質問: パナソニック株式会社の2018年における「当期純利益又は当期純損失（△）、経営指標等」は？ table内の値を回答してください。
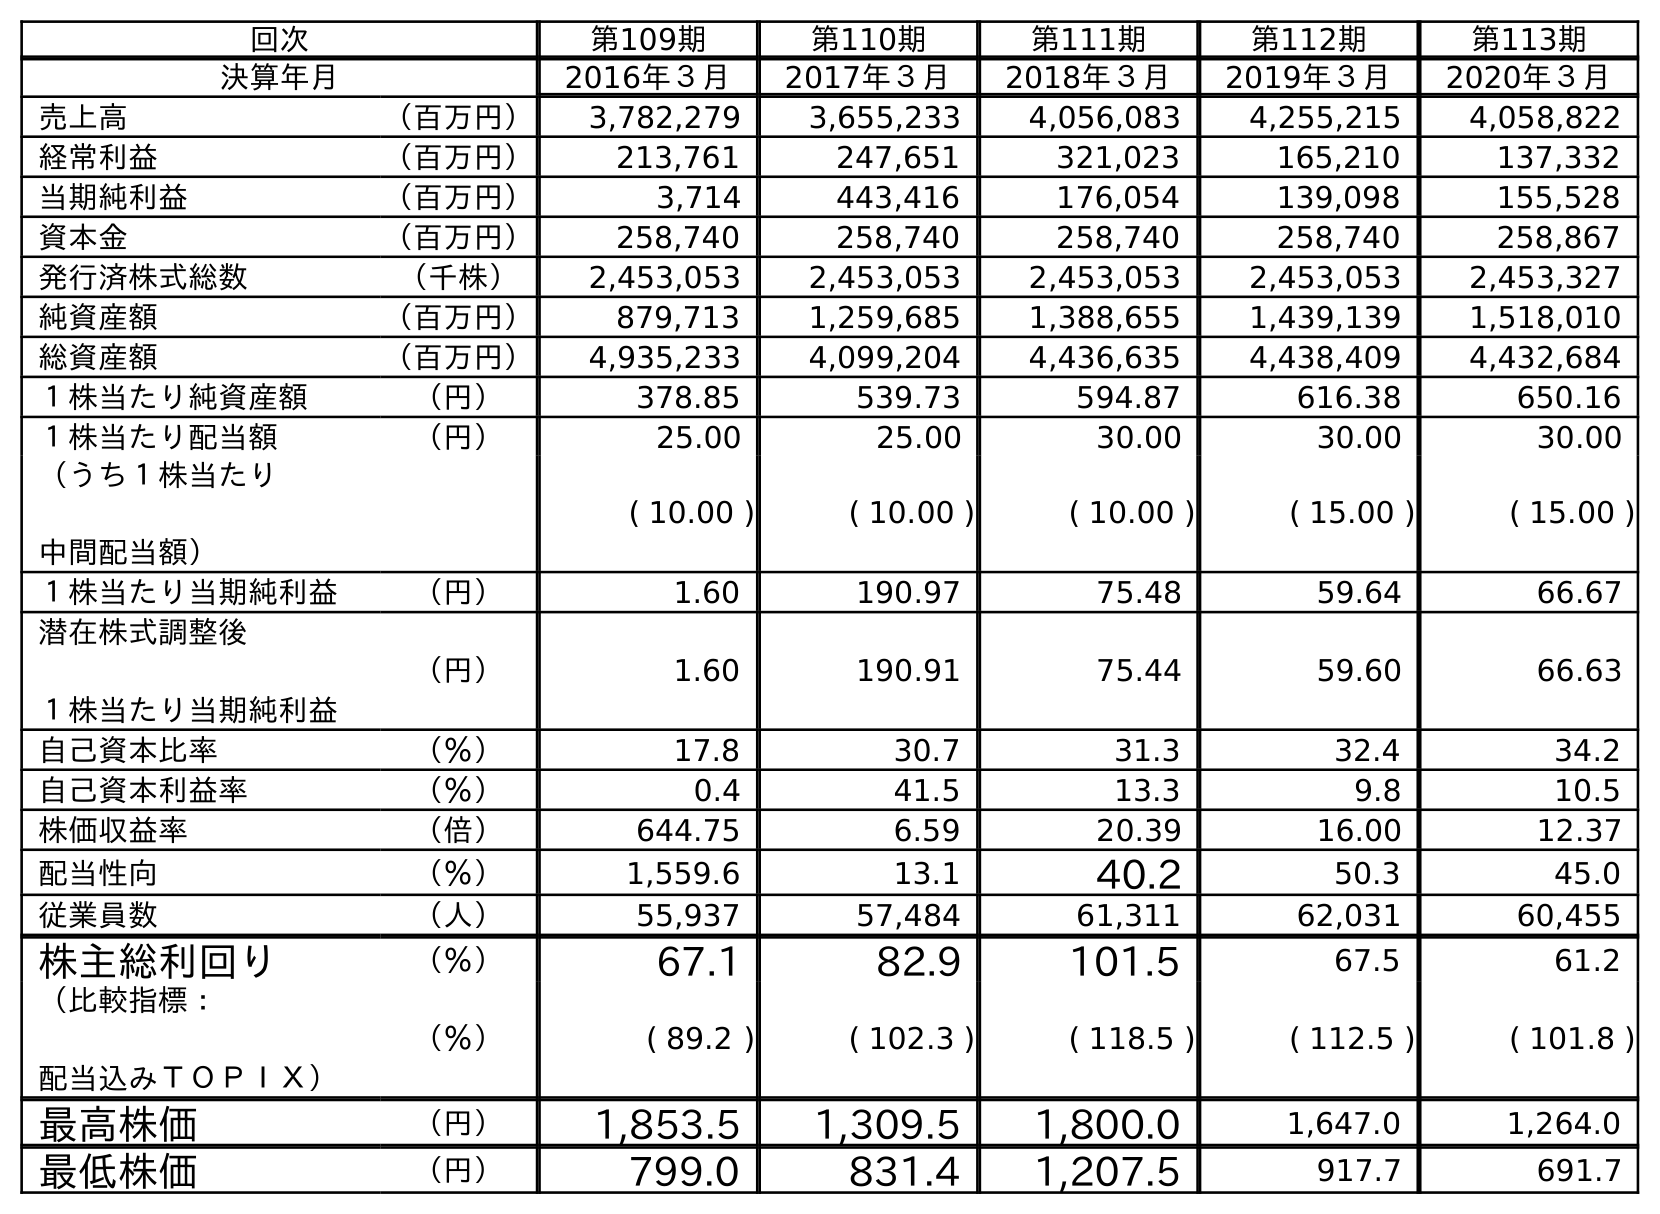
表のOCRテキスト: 回次 第109期 第110期 第111期 第112期 第113期 決算年月 2016年３月 2017年３月 2018年３月 2019年３月 2020年３月 売上高 （百万円） 3,782,279 3,655,233 4,056,083 4,255,215 4,058,822 経常利益 （百万円） 213,761 247,651 321,023 165,210 137,332 当期純利益 （百万円） 3,714 443,416 176,054 139,098 155,528 資本金 （百万円） 258,740 258,740 258,740 258,740 258,867 発行済株式総数 （千株） 2,453,053 2,453,053 2,453,053 2,453,053 2,453,327 純資産額 （百万円） 879,713 1,259,685 1,388,655 1,439,139 1,518,010 総資産額 （百万円） 4,935,233 4,099,204 4,436,635 4,438,409 4,432,684 １株当たり純資産額 （円） 378.85 539.73 594.87 616.38 650.16 １株当たり配当額 （円） 25.00 25.00 30.00 30.00 30.00 （うち１株当たり 中間配当額） ( 10.00 ) ( 10.00 ) ( 10.00 ) ( 15.00 ) ( 15.00 ) １株当たり当期純利益 （円） 1.60 190.97 75.48 59.64 66.67 潜在株式調整後 １株当たり当期純利益 （円） 1.60 190.91 75.44 59.60 66.63 自己資本比率 （％） 17.8 30.7 31.3 32.4 34.2 自己資本利益率 （％） 0.4 41.5 13.3 9.8 10.5 株価収益率 （倍） 644.75 6.59 20.39 16.00 12.37 配当性向 （％） 1,559.6 13.1 40.2 50.3 45.0 従業員数 （人） 55,937 57,484 61,311 62,031 60,455 株主総利回り （％） 67.1 82.9 101.5 67.5 61.2 （比較指標： 配当込みＴＯＰＩＸ） （％） ( 89.2 ) ( 102.3 ) ( 118.5 ) ( 112.5 ) ( 101.8 ) 最高株価 （円） 1,853.5 1,309.5 1,800.0 1,647.0 1,264.0 最低株価 （円） 799.0 831.4 1,207.5 917.7 691.7
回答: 176,054